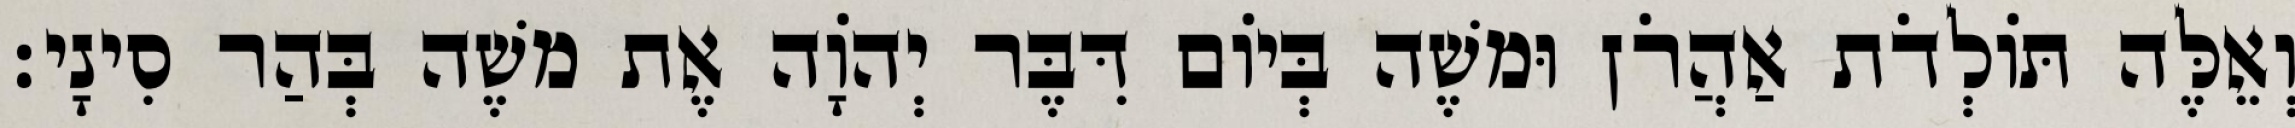
וְאֵלֶּה תּוֹלְדֹת אַהֲרֹן וּמשֶׁה בְּיוֹם דִּבֶּר יְהוָֹה אֶת משֶׁה בְּהַר סִינָי׃